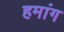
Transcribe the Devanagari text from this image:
हमांग